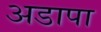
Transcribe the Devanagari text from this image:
अडापा